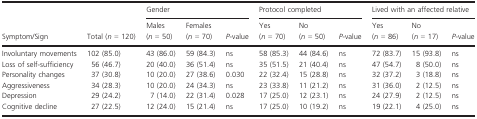
| <ROWSPAN=2> Symptom/Sign | <ROWSPAN=2> Total (n = 120) | <COLSPAN=3> Gender | <COLSPAN=3> Protocol completed | <COLSPAN=3> Lived with an affected relative |
 | Males (n = 50) | Females (n = 70) | P‐value | Yes (n = 70) | No (n = 50) | P‐value | Yes (n = 86) | No (n = 17) | P‐value |
 | --- | --- | --- | --- | --- | --- | --- | --- | --- | --- | --- |
 | Involuntary movements | 102 (85.0) | 43 (86.0) | 59 (84.3) | ns | 58 (85.3) | 44 (84.6) | ns | 72 (83.7) | 15 (93.8) | ns |
 | Loss of self‐sufficiency | 56 (46.7) | 20 (40.0) | 36 (51.4) | ns | 35 (51.5) | 21 (40.4) | ns | 47 (54.7) | 8 (50.0) | ns |
 | Personality changes | 37 (30.8) | 10 (20.0) | 27 (38.6) | 0.030 | 22 (32.4) | 15 (28.8) | ns | 32 (37.2) | 3 (18.8) | ns |
 | Aggressiveness | 34 (28.3) | 10 (20.0) | 24 (34.3) | ns | 23 (33.8) | 11 (21.2) | ns | 31 (36.0) | 2 (12.5) | ns |
 | Depression | 29 (24.2) | 7 (14.0) | 22 (31.4) | 0.028 | 17 (25.0) | 12 (23.1) | ns | 24 (27.9) | 2 (12.5) | ns |
 | Cognitive decline | 27 (22.5) | 12 (24.0) | 15 (21.4) | ns | 17 (25.0) | 10 (19.2) | ns | 19 (22.1) | 4 (25.0) | ns |